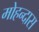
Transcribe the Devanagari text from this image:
मोहन्दास